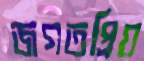
জগতপ্রিয়